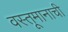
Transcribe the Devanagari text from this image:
वस्तूमानाची